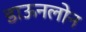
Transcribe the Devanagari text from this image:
डाऊनलोन